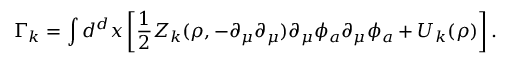
\Gamma _ { k } = \int d ^ { d } x \left[ \frac { 1 } { 2 } Z _ { k } ( \rho , - \partial _ { \mu } \partial _ { \mu } ) \partial _ { \mu } \phi _ { a } \partial _ { \mu } \phi _ { a } + U _ { k } ( \rho ) \right] .